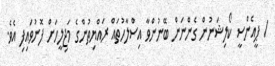
/ ޕީއެންސީ ކޯލިޝަނުން ގެންނަން ބޭނުންވާ އިސްލާހުތައް ރައްޔިތުންގެ މަޖިލީހަށް ފޮނުވައިފި އެވެ.